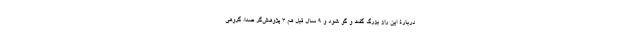
دربارۀ این راز بزرگ گفت و گو شود و 9 سال قبل هم 3 پژوهش‌گر صدا، گروهی